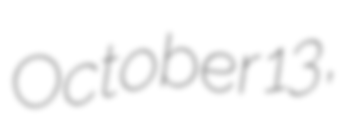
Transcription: October 13,